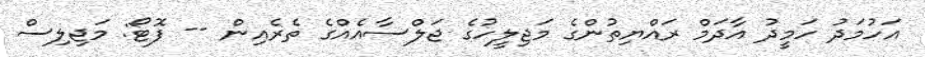
އަހުމަދު ހަމީދު އާދަމް ރައްޔިތުންގެ މަޖިލީހުގެ ޖަލްސާއެއްގެ ތެރެއިން -- ފޮޓޯ: މަޖިލިސް